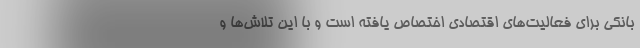
بانکی برای فعالیت‌های اقتصادی اختصاص یافته است و با این تلاش‌ها و